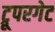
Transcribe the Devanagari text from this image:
ट्रूपरगेट